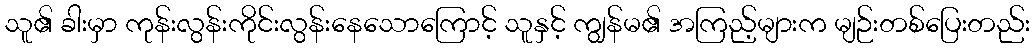
သူ၏ ခါးမှာ ကုန်းလွန်းကိုင်းလွန်းနေသောကြောင့် သူနှင့် ကျွန်မ၏ အကြည့်များက မျဉ်းတစ်ပြေးတည်း